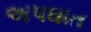
અપઘાત